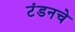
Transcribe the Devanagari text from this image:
टंडनचे